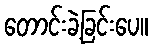
တောင်းခဲ့ခြင်းပေ။